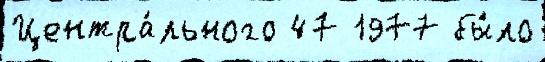
Центра́льного 47 1977 бы́ло